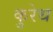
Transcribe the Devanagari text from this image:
कुरेथ